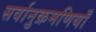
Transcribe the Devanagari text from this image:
सर्वानुक्रमणियाँ